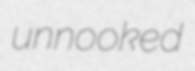
unnooked